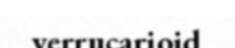
verrucarioid